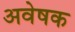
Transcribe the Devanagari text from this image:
अवेषक